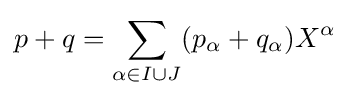
p+q=\sum _{\alpha \in I\cup J}(p_{\alpha }+q_{\alpha })X^{\alpha }